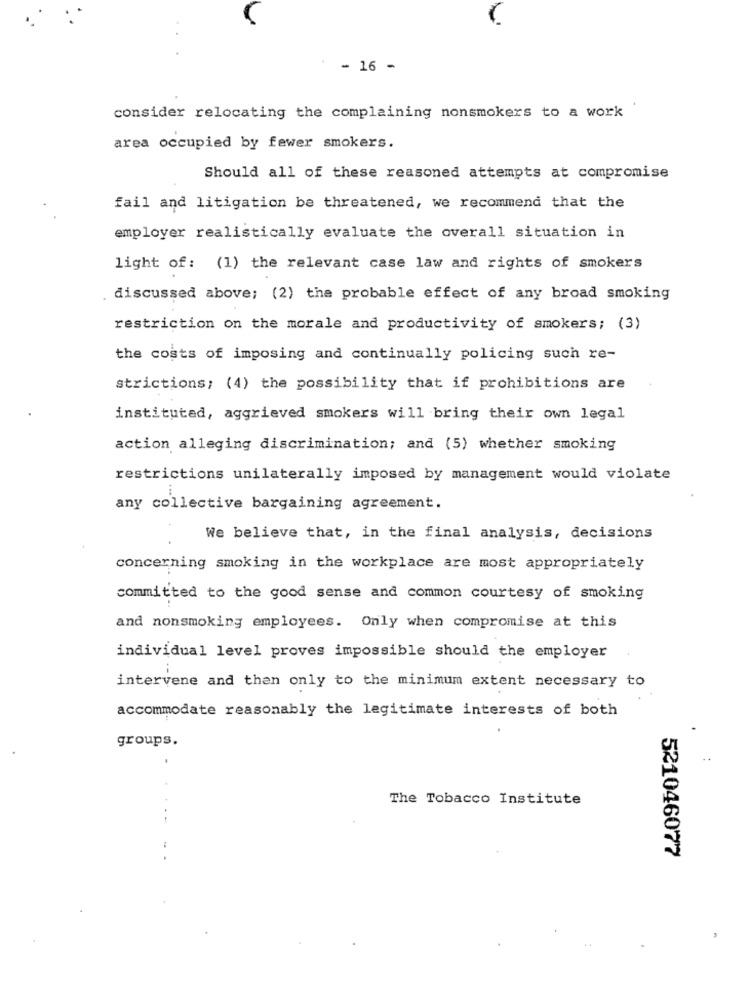
- 16 -
consider relocating the complaining nonsmokers to a work
area occupied by fewer smokers.
Should all of these reasoned attempts at compromise
fail and litigation be threatened, we recommend that the
employer realistically evaluate the overall situation in
light of: (1) the relevant case law and rights of smokers
. discussed above; (2) the probable effect of any broad smoking
restriction on the morale and productivity of smokers; (3)
the costs of imposing and continually policing such re-
strictions; (4) the possibility that if prohibitions are
institutad, aggrieved smokers will bring their own legal
action alleging discrimination; and (5) whether smoking
restrictions unilaterally imposed by management would violate
any collective bargaining agreement.
We believe that, in the final analysis, decisions
concerning smoking in the workplace are most appropriately
committed to the good sense and common courtesy of smoking
and nonsmoking employees. Only when compromise at this
individual level proves impossible should the employer
intervene and then only to the minimum extent necessary to
accommodate reasonably the legitimate interests of both
groups.
The Tobacco Institute
521046077